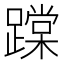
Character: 𨅨